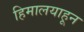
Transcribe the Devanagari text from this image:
हिमालयाहून